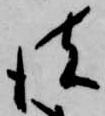
彼